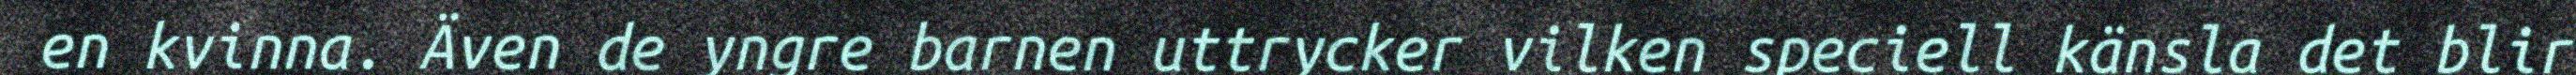
en kvinna. Även de yngre barnen uttrycker vilken speciell känsla det blir